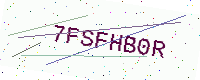
Text: 7FSFHB0R